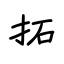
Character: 拓